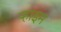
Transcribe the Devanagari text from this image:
ऱ्हाइम